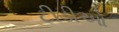
ટીડીઓ